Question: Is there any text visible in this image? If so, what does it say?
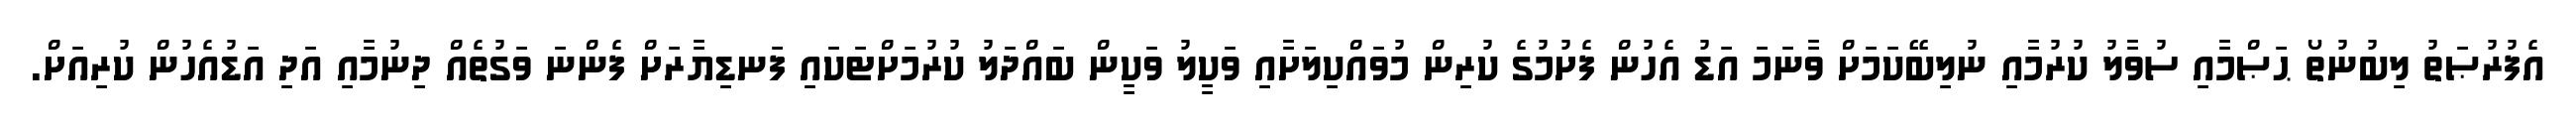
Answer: އެފުރުޞަތު ލިބުނުތޯ ޙަޞްމާއި ސުވާލު ކުރުމާއި ނުލިބޭކަމަށް ވާނަމަ އަޑު އެހުން ފެށުމުގެ ކުރިން މުވައްކިލަށާއި ވަކީލު ވަކީން ބައްދަލު ކުރުމަށްޓަކައި ފަނޑިޔާރަށް ފެންނަ ވަގުތެއް ދިނުމާއި އަދި އަޑުއެހުން ކުރިއަށް.